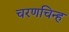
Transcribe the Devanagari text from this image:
चरणचिन्ह